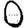
Digit: 0